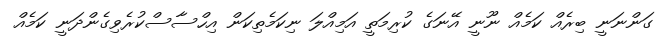
ގަންނަނީ ބިރެއް ކަމެއް ނޫނީ އޭނަގެ ކުރިމަތީ އަމިއްލަ ނިކަމެތިކަން އިހްސާސްކުރެވިގެންދަނީ ކަމެއް